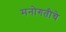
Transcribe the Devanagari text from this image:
मनोगतीचे